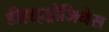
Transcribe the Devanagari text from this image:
डीहाइड्रोजिनेस